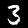
Label: 3